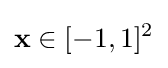
\mathbf {x} \in [-1,1]^{2}